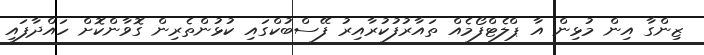
ޒިންގާ އިން މުޅިން އާ ޕްލެޓްފޯމެއް ތައާރުފުކުރާއިރު ފޭސްބުކްގައި ކުޅުންތެރިން ގޮވާންކޮށް ހައްދާފައި